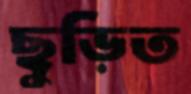
ছুড়িত